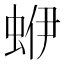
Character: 蛜